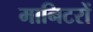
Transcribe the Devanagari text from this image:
मानिटरों